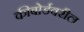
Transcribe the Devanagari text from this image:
कीबोर्डवरील